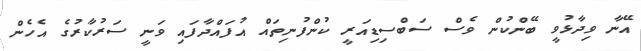
އޭނާ ވިދާޅުވީ ބޭންކުން ވެސް ސަބްސިޑިއަރީ ކުންފުނިތައް އުފައްދާފައި ވަނީ ސަރުކާރުގެ އެހެން